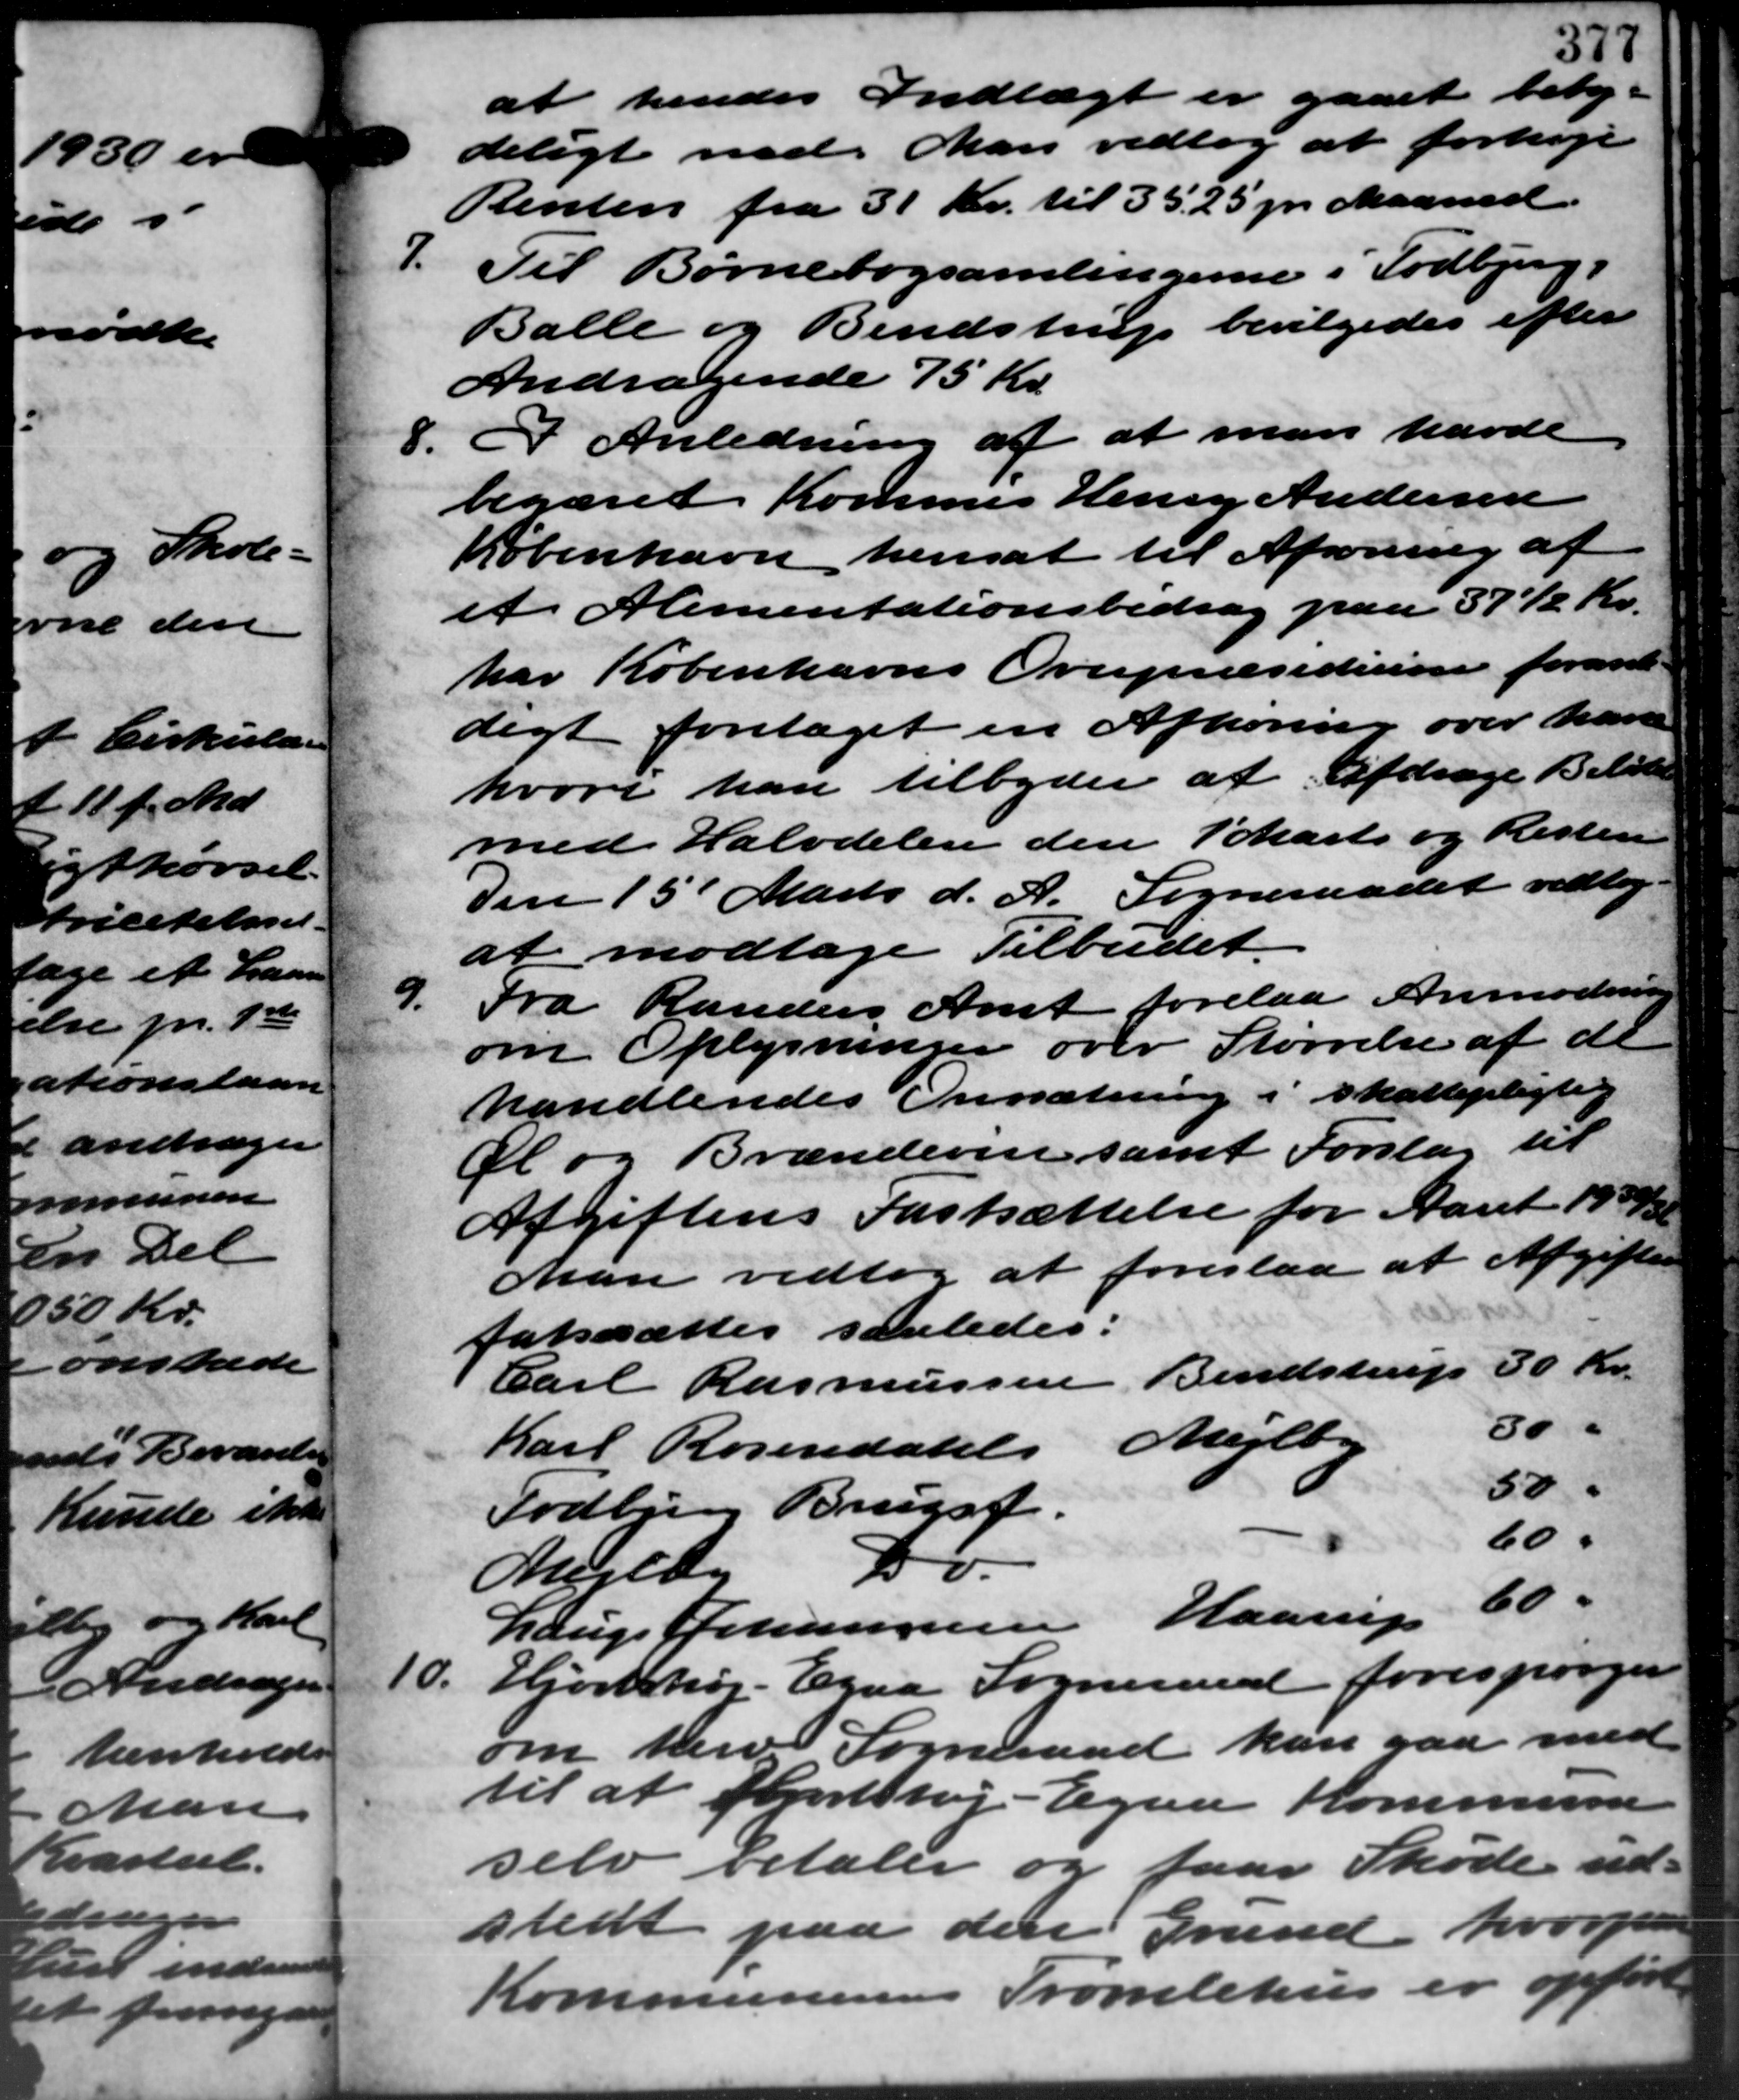
Transskription:
at hendes Indtægt er gaaet beteg-
deligt med Man vedtog at forhøje
Renten fra 31 Kr. til 35.25 pr. Maaned
7. Til Børnebogsamlingerne i Todbjerg
7. Til Børnebogsamlingerne i Todbjerg
Balle og Bendstrup bevilgedes efter
Andragende 75 Kr.
8. I Anledning af at man havde
8. I Anledning af at man havde
begæret Kommus Henry Andersen
København hensat til Afsoning af
et Alimentationsbidrag paa 37½ Kr.
har Københavns Overpræsiderne forande
digt foretaget en Afhøring over have
hvori han tilbyder at Afdrage Beløbe
med Halvdelen den 1 Marts og Resten
Den 15´Marts d. A. Sogneraadet vedtog
at modtage Tilbudet.
9.
Fra Randers Amt forelaa Anmodning
om Oplysninger over Størrelse af de
handlendes Omsætning i skattepligtig
Al og Brændeven samt Forslag til
Afgiftens Fastsættelse for Aaret 1932/33
Man vedtog at foreslaa at Afgifter
fatssættes saaledes:
30 Kr.
Bendstrup
-
Carl Rasmussen
30 "
Mejlby
Karl Rosendatel
50 "
Todbjerg Brugsf.
60 "
7b.
Mejlby
60 "
Lauge Johannesen Haarup
10.
Hjortshøj - Egaa Sogneraad forespørger
om herv Sogneraad kan gaa med
til at Hjortshøj - Egaa Kommune
selv betaler og faar Skøde ud –
stedt paa den Grund hvorp
Kommunens Tromlehus er opført